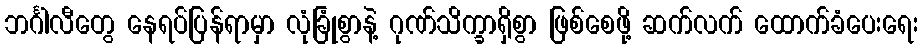
ဘင်္ဂါလီတွေ နေရပ်ပြန်ရာမှာ လုံခြုံစွာနဲ့ ဂုဏ်သိက္ခာရှိစွာ ဖြစ်စေဖို့ ဆက်လက် ထောက်ခံပေးရေး